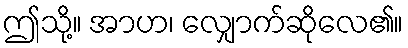
ဤသို့။ အာဟ၊ လျှောက်ဆိုလေ၏။